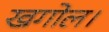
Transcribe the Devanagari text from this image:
खगोल।